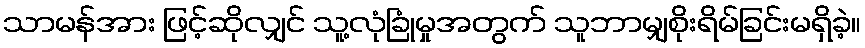
သာမန်အား ဖြင့်ဆိုလျှင် သူ့လုံခြုံမှုအတွက် သူဘာမျှစိုးရိမ်ခြင်းမရှိခဲ့။